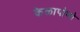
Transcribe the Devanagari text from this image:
केळापोणो